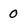
Character: 0